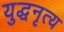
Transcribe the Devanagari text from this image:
युद्धनृत्य